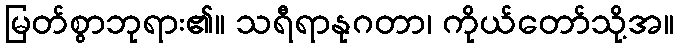
မြတ်စွာဘုရား၏။ သရီရာနုဂတာ၊ ကိုယ်တော်သို့အ။